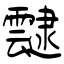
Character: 靆